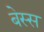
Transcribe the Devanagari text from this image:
बेस्स